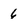
Character: 6